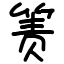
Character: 箦